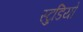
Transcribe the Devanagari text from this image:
स्टु्डियो